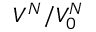
V ^ { N } / V _ { 0 } ^ { N }